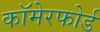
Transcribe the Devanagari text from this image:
कॉमेरफोर्ड